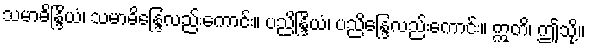
သမာဓိန္ဒြိယံ၊ သမာဓိန္ဒြေလည်းကောင်း။ ပညိန္ဒြိယံ၊ ပညိန္ဒြေလည်းကောင်း။ ဣတိ၊ ဤသို့။